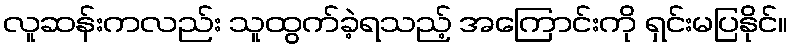
လူဆန်းကလည်း သူထွက်ခဲ့ရသည့် အကြောင်းကို ရှင်းမပြနိုင်။